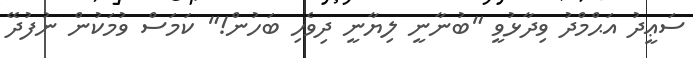
ސަޢީދު އަޙްމްދު ވިދާޅުވީ "ބުނާނީ ލިޔާނީ ދިވެހި ބަހުން!" ކަމަސް ވުމަކުން ނުފުދޭ